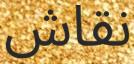
نقاش